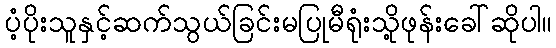
ပံ့ပိုးသူနှင့်ဆက်သွယ်ခြင်းမပြုမီရုံးသို့ဖုန်းခေါ်ဆိုပါ။